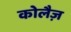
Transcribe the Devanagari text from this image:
कोलैज़